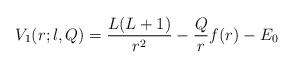
LaTeX: \begin{align*} V_1(r;l,Q) = \frac{L(L+1)}{r^2} - \frac{Q}{r} f(r) - E_0\end{align*}